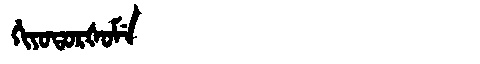
Manchu: ᡥᡳᠶᠣᡨᠣᡵᡧᠣᠮᡝ
Romanization: HIYOTORŠOME